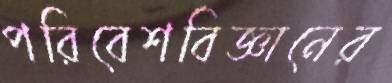
পরিবেশবিজ্ঞানের